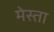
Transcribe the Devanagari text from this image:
मेस्ता